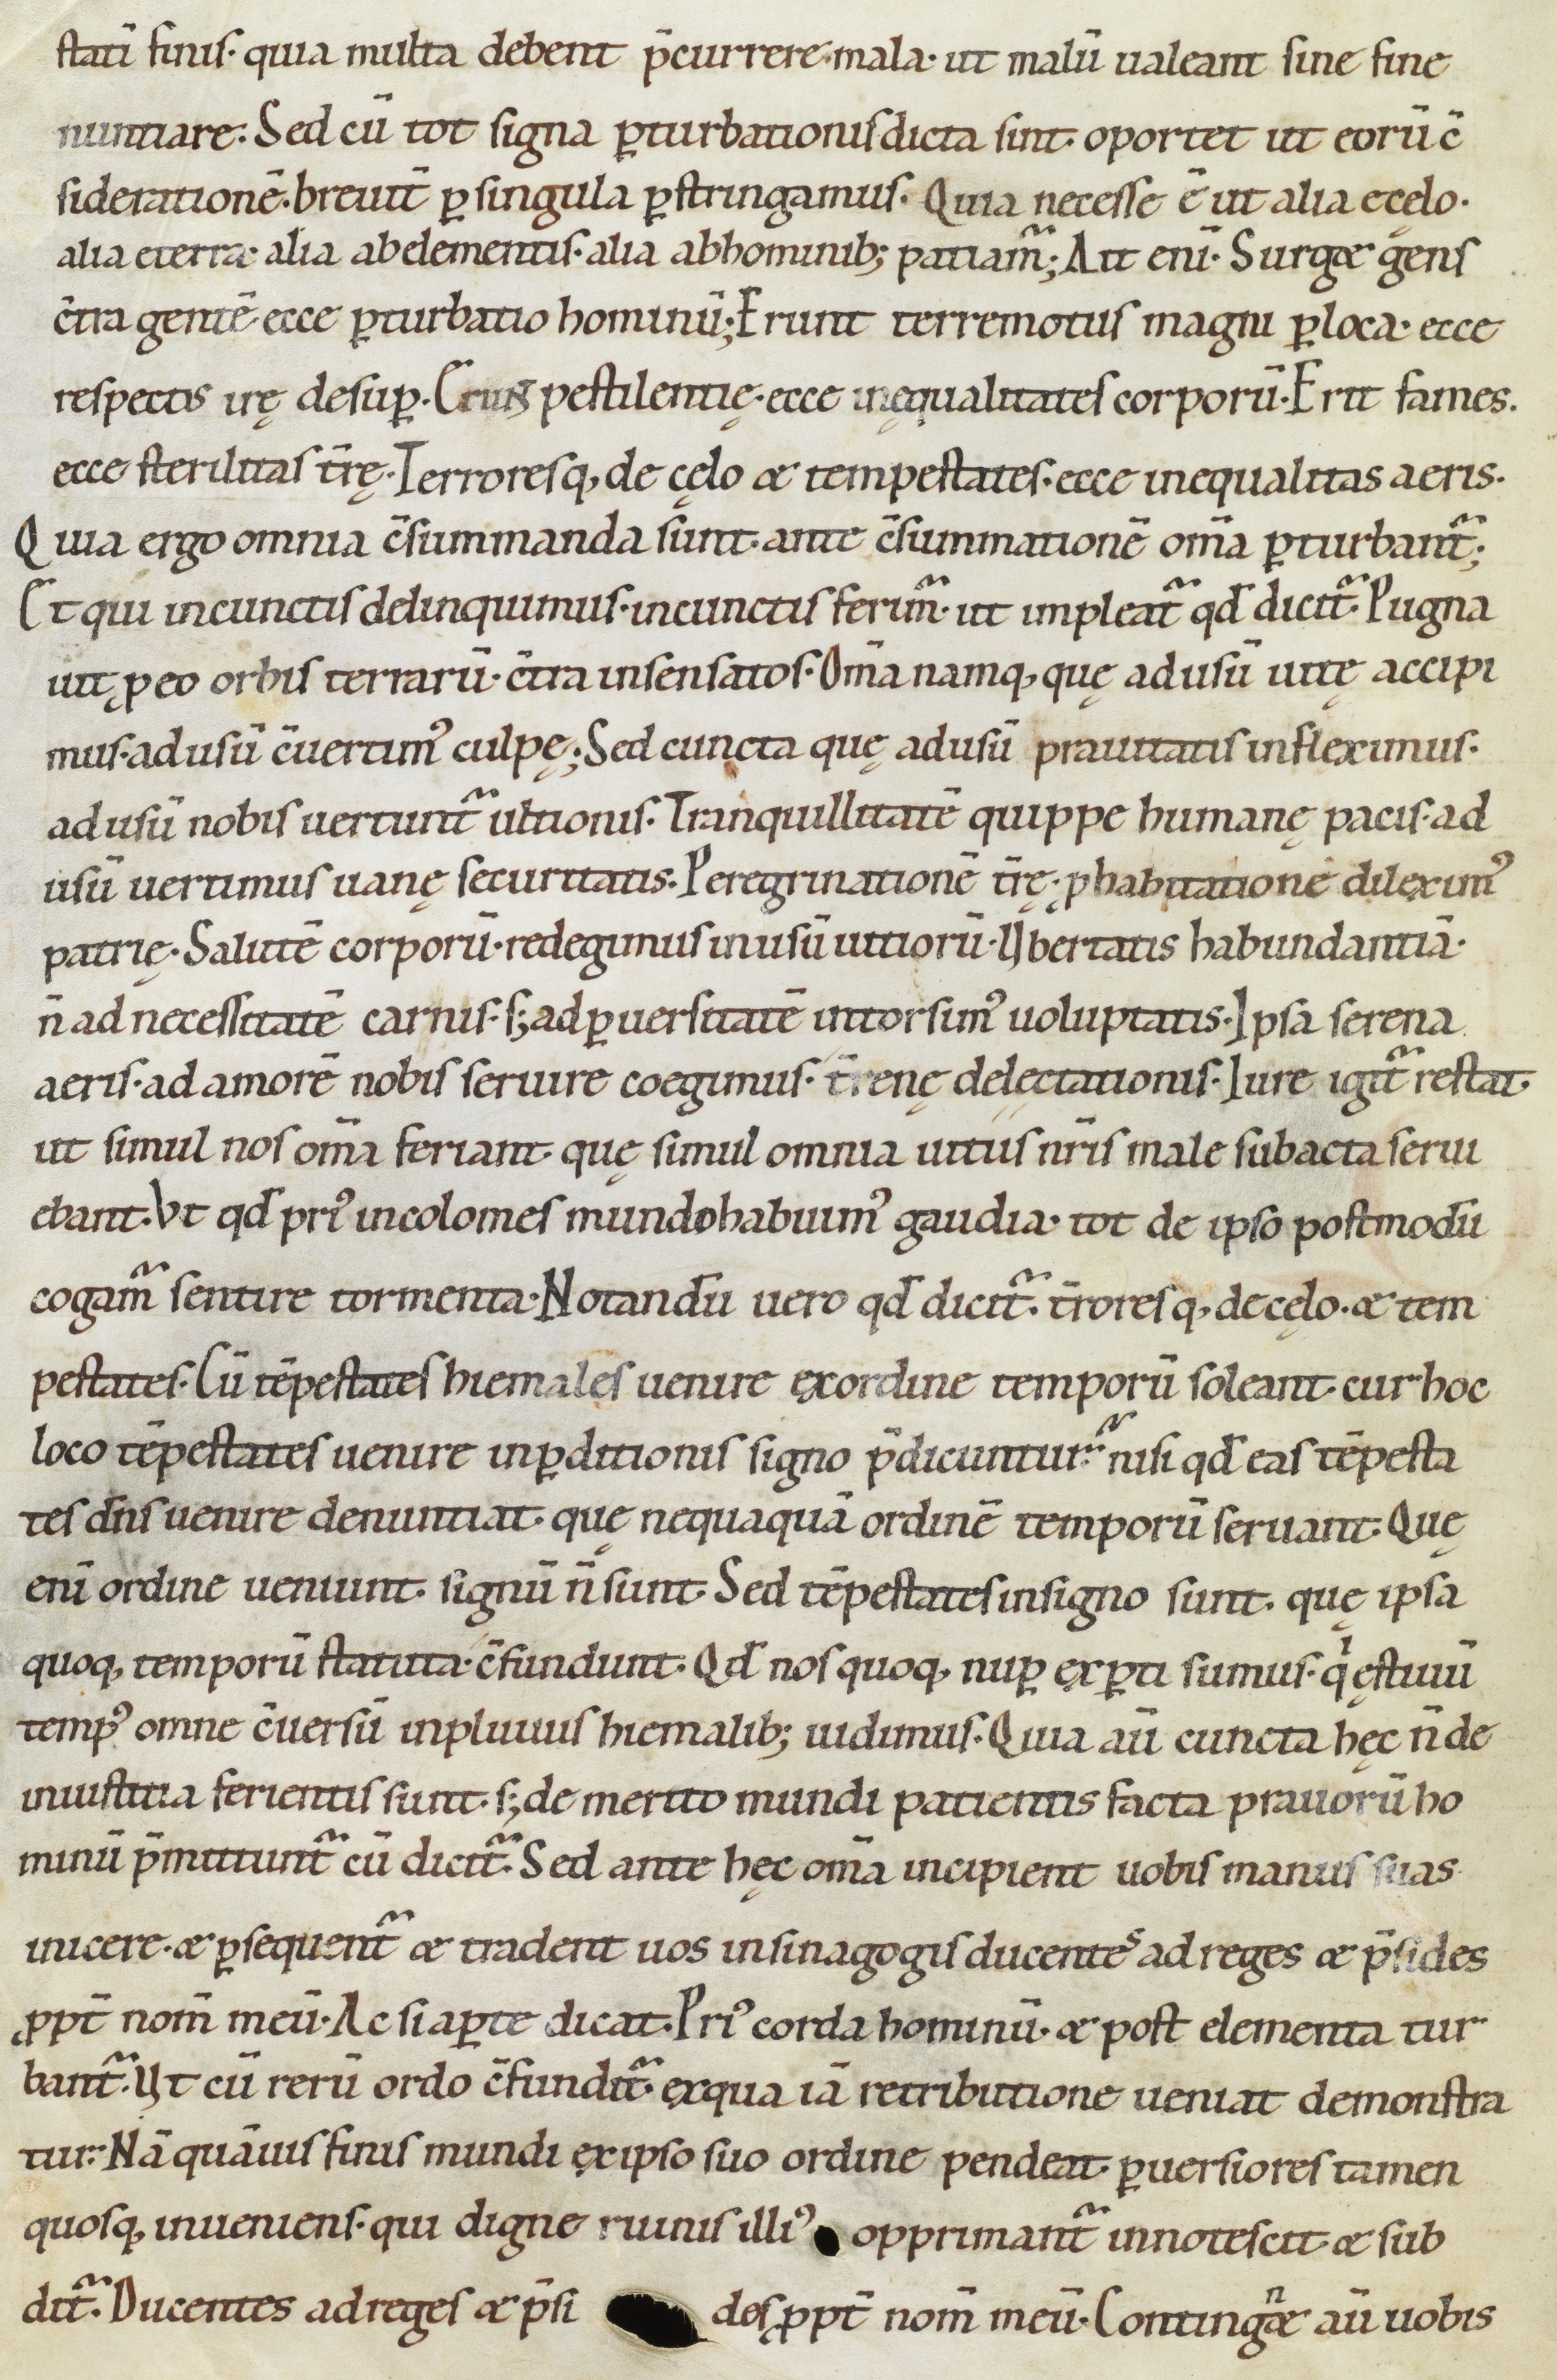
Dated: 1100–1199